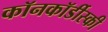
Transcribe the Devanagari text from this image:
कॉनकॉर्डीस्की